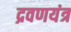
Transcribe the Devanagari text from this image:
द्रवणयंत्र